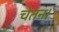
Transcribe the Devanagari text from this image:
चेतन।